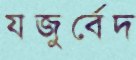
যজুর্বেদ